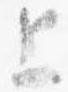
上